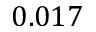
0 . 0 1 7